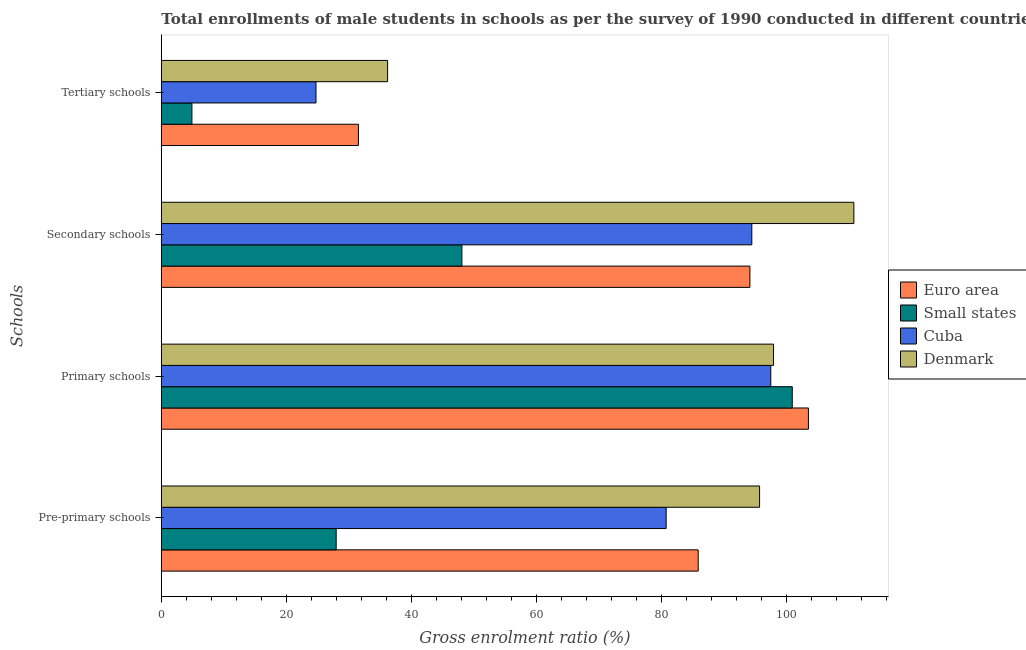
| Schools | Euro area | Small states | Cuba | Denmark |
 | --- | --- | --- | --- | --- |
 | Pre-primary schools | 85.8 | 28 | 80.7 | 95.7 |
 | Primary schools | 103 | 101 | 97.4 | 97.9 |
 | Secondary schools | 94.1 | 48.1 | 94.4 | 111 |
 | Tertiary schools | 31.5 | 4.89 | 24.7 | 36.2 |